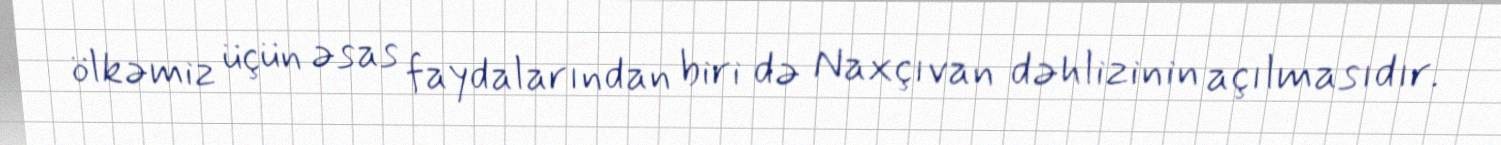
ölkəmiz üçün əsas faydalarından biri də Naxçıvan dəhlizinin açılmasıdır.